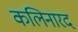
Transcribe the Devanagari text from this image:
कलिनारद